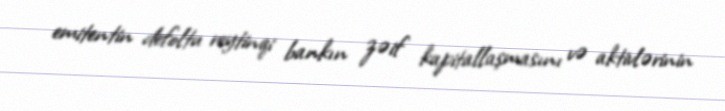
emitentin defoltu reytinqi bankın zəif kapitallaşmasını və aktivlərinin